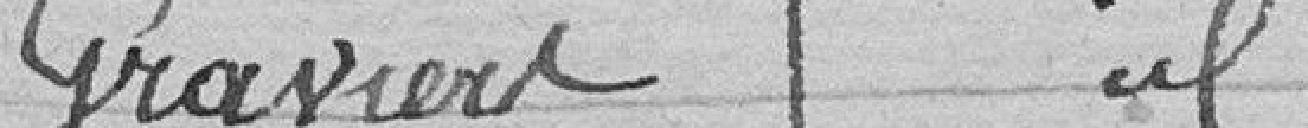
Graviers idem